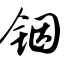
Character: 铟